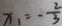
x _ { 1 } = - \frac { 2 } { 3 }